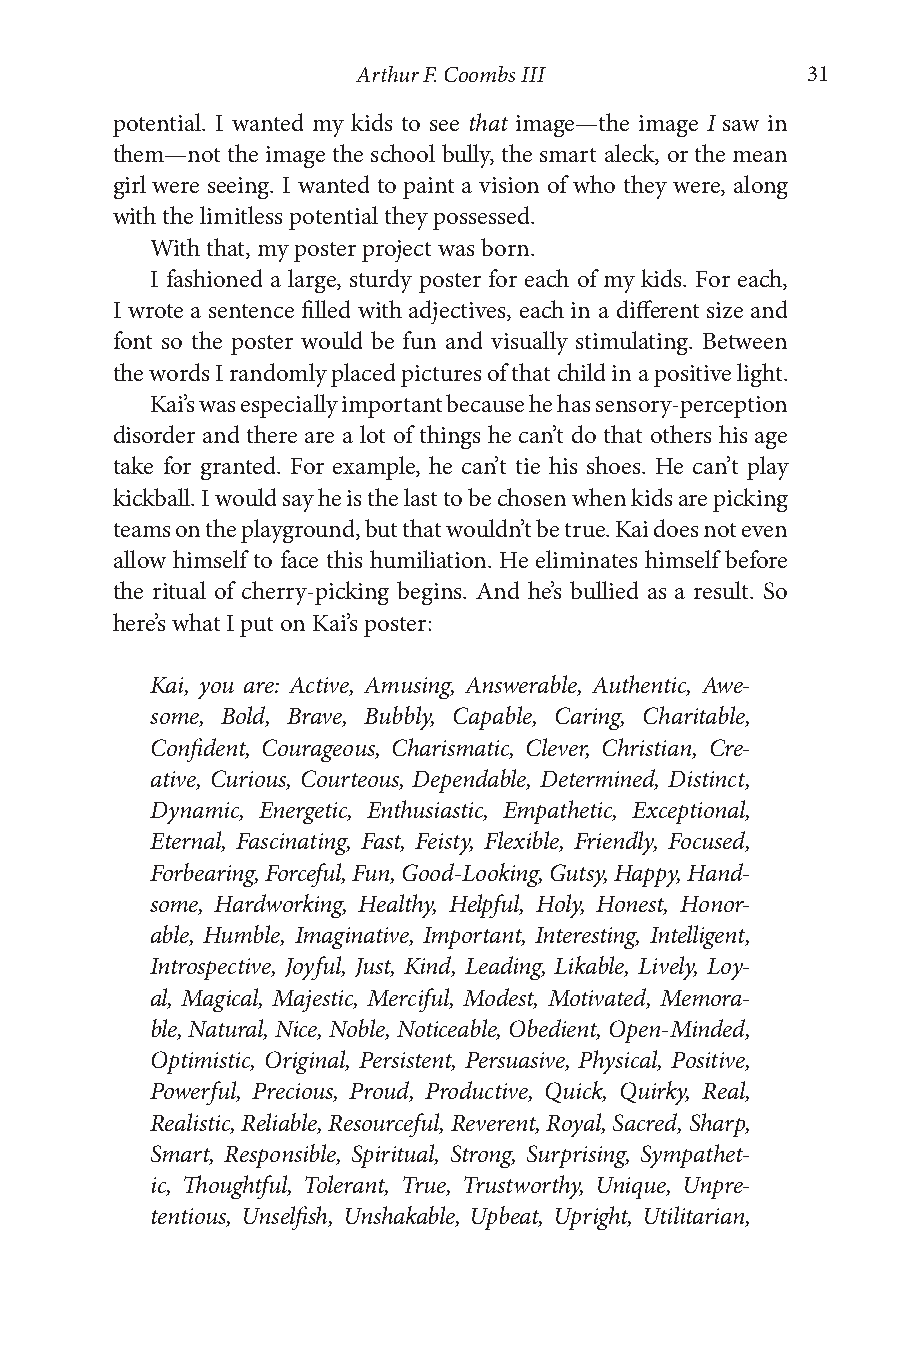
Arthur F. Coombs III         31
 potential. I wanted my kids to see that image—the image I saw in
 them—not the image the school bully, the smart aleck, or the mean
 girl were seeing. I wanted to paint a vision of who they were, along
 with the limitless potential they possessed.
 With that, my poster project was born.
 I fashioned a large, sturdy poster for each of my kids. For each,
 I wrote a sentence filled with adjectives, each in a different size and
 font so the poster would be fun and visually stimulating. Between
 the words I randomly placed pictures of that child in a positive light.
 Kai’s was especially important because he has sensory-perception
 disorder and there are a lot of things he can’t do that others his age
 take for granted. For example, he can’t tie his shoes. He can’t play
 kickball. I would say he is the last to be chosen when kids are picking
 teams on the playground, but that wouldn’t be true. Kai does not even
 allow himself to face this humiliation. He eliminates himself before
 the ritual of cherry-picking begins. And he’s bullied as a result. So
 here’s what I put on Kai’s poster:
 Kai, you are: Active, Amusing, Answerable, Authentic, Awe-
 some, Bold, Brave, Bubbly, Capable, Caring, Charitable,
 Confident, Courageous, Charismatic, Clever, Christian, Cre-
 ative, Curious, Courteous, Dependable, Determined, Distinct,
 Dynamic, Energetic, Enthusiastic, Empathetic, Exceptional,
 Eternal, Fascinating, Fast, Feisty, Flexible, Friendly, Focused,
 Forbearing, Forceful, Fun, Good-Looking, Gutsy, Happy, Hand-
 some, Hardworking, Healthy, Helpful, Holy, Honest, Honor-
 able, Humble, Imaginative, Important, Interesting, Intelligent,
 Introspective, Joyful, Just, Kind, Leading, Likable, Lively, Loy-
 al, Magical, Majestic, Merciful, Modest, Motivated, Memora-
 ble, Natural, Nice, Noble, Noticeable, Obedient, Open-Minded,
 Optimistic, Original, Persistent, Persuasive, Physical, Positive,
 Powerful, Precious, Proud, Productive, Quick, Quirky, Real,
 Realistic, Reliable, Resourceful, Reverent, Royal, Sacred, Sharp,
 Smart, Responsible, Spiritual, Strong, Surprising, Sympathet-
 ic, Thoughtful, Tolerant, True, Trustworthy, Unique, Unpre-
 tentious, Unselfish, Unshakable, Upbeat, Upright, Utilitarian,